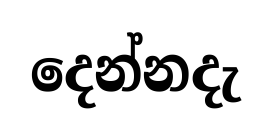
දෙන්නදැ